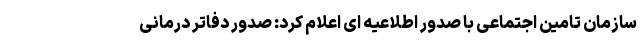
سازمان تامین اجتماعی با صدور اطلاعیه ای اعلام کرد: صدور دفاتر درمانی